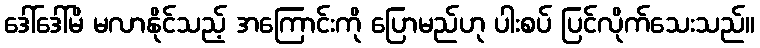
ဒေါ်ဒေါ်မိ မလာနိုင်သည့် အကြောင်းကို ပြောမည်ဟု ပါးစပ် ပြင်လိုက်သေးသည်။